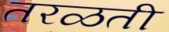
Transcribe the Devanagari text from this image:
तरळती